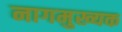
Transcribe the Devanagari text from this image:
नागमुख्यक